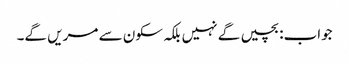
جواب:بچیں گے نہیں بلکہ سکون سے مریں گے۔